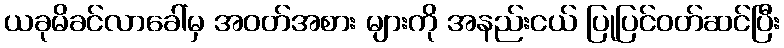
ယခုမိခင်လာခေါ်မှ အဝတ်အစား များကို အနည်းငယ် ပြုပြင်ဝတ်ဆင်ပြီး